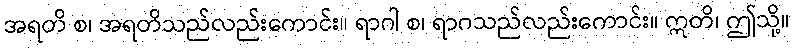
အရတိ စ၊ အရတိသည်လည်းကောင်း။ ရာဂါ စ၊ ရာဂသည်လည်းကောင်း။ ဣတိ၊ ဤသို့။